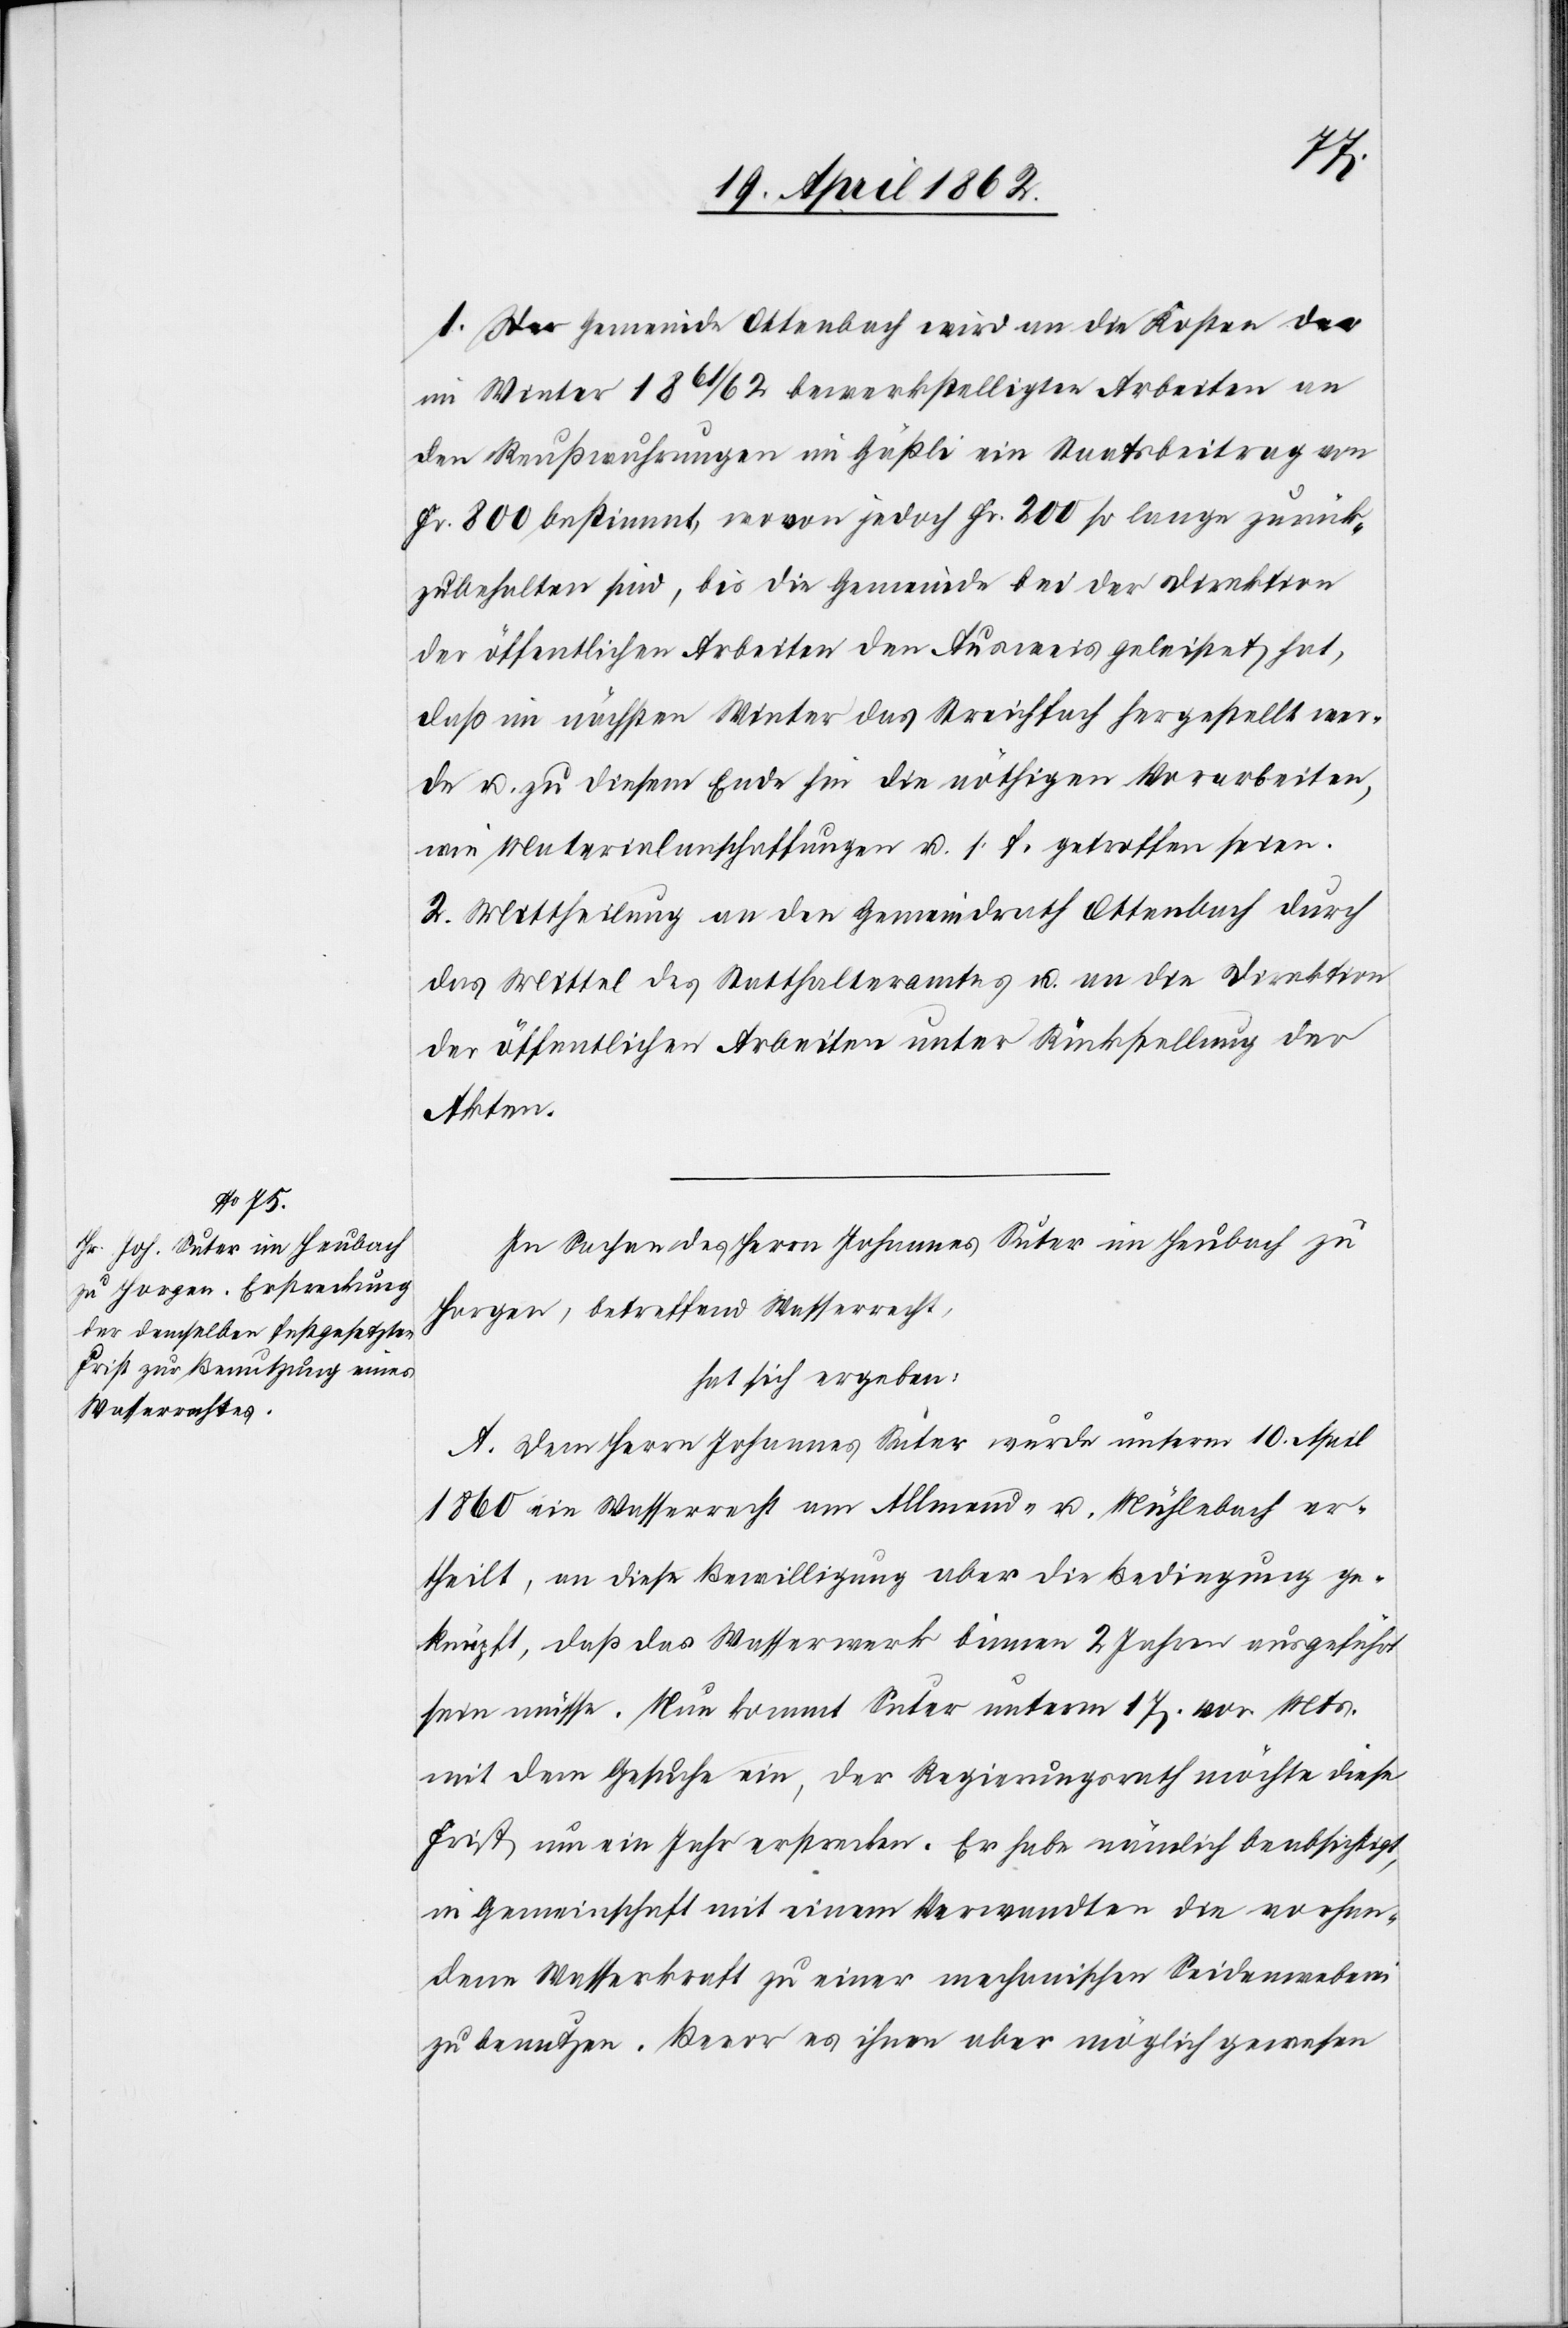
1. Der Gemeinde Ottenbach wird an die Kosten der
im Winter 1861/62 bewerkstelligten Arbeiten an
den Reußwuhrungen im Gäßli ein Staatsbeitrag von
Fr. 800 bestimmt, wovon jedoch Fr. 200 so lange zurück¬
gehalten sind, bis die Gemeinde bei der Direktion
der öffentlichen Arbeiten den Ausweis geleistet hat,
daß im nächsten Winter das Streichfach hergestellt wer¬
de u. zu diesem Ende hin die nöthigen Vorarbeiten,
wie Materialanschaffungen u. s. f. getroffen seien.
2. Mittheilung an den Gemeindrath Ottenbach durch
das Mittel des Statthalteramtes u. an die Direktion
der öffentlichen Arbeiten unter Rückstellung der
Akten.
In Sachen des Herrn Johannes Uster im Heubach zu
Horgen, betreffend Wasserrecht;
hat sich ergeben.
A. Dem Herr Johannes Suter wurde unterm 10. April
1860 ein Wasserrecht am Allmend- u. Mühlebach er¬
theilt, an diese Bewilligung aber die Bedingung ge¬
knüpft, daß das Wasserwerk binnen 2 Jahren ausgeführt
sein müsse. Nun kommt Suter unterm 17. vor. Mts.
mit dem Gesuche ein, der Regierungsrath möchte diese
Frist um ein Jahr erstrecken. Er habe nämlich beabsichtigt,
in Gemeinschaft mit einem Verwandten die vorhan¬
dene Wasserkraft zu einer mechanischen Seidenweberei
zu benutzen. Bevor es ihnen aber möglich gewesen